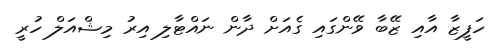
ހަފީޒާ އާއި ޒޭބާ ވޭންގައި ގެއަށް ދާން ނައްޓާލި އިރު މިޝްއަލް ހުރީ